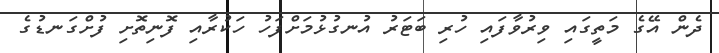
ދެން އޭގެ މަތީގައި ވިރުވާފައި ހުރި ބަޓަރު އުނގުޅުމަށްފަހު ހަކުރާއި ފޮނިތޮށި ފުށްގަނޑުގެ